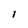
Character: l